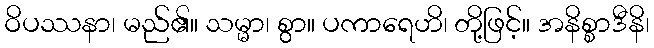
ဝိပဿနာ၊ မည်၏။ သမ္မာ၊ စွာ။ ပကာရေဟိ၊ တို့ဖြင့်။ အနိစ္စာဒီနိ၊